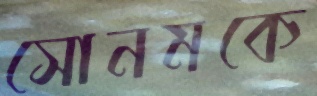
সোনমকে